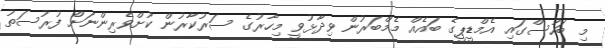
މި ބަހުސްގައި އެމްޑީޕީގެ ބައެއް މެމްބަރުން ވިދާޅުވީ މިހާރުގެ ސަރުކާރުން ކުށްވެރިންނަށް ފުރުސަތު